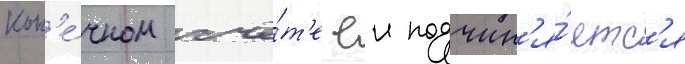
кон'е́чном счё́т'е еи подчин'я́етс'я